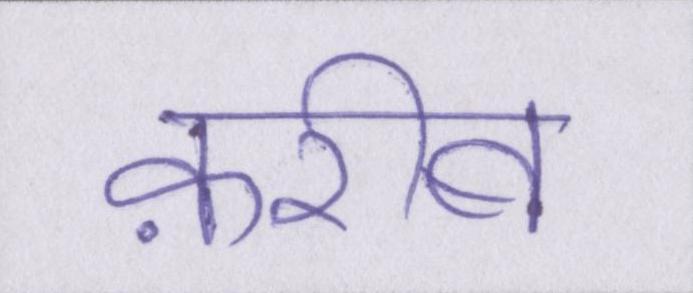
क़रीब